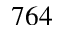
7 6 4